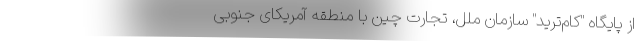
از پایگاه "کام‌ترید" سازمان ملل، تجارت چین با منطقه آمریکای جنوبی